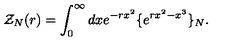
{ \cal Z } _ { N } ( r ) = \int _ { 0 } ^ { \infty } d x e ^ { - r x ^ { 2 } } \{ e ^ { r x ^ { 2 } - x ^ { 3 } } \} _ { N } .